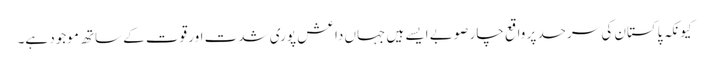
کیونکہ پاکستان کی سرحد پر واقع چار صوبے ایسے ہیں جہاں داعش پوری شدت اور قوت کے ساتھ موجود ہے۔